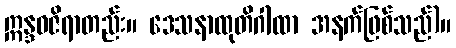
ဣန္ဒဝဇိရာတည်း။ ဒေသနာထုတိဂါထာ အနက်ဖြစ်သည်)။